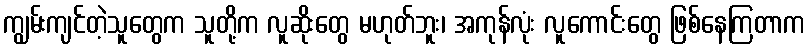
ကျွမ်းကျင်တဲ့သူတွေက သူတို့က လူဆိုးတွေ မဟုတ်ဘူး၊ အကုန်လုံး လူကောင်းတွေ ဖြစ်နေကြတာက